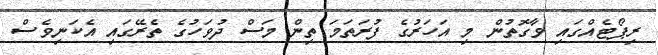
ރިޕޯޓެއްގައި ވާގޮތުން މި އަހަރުގެ ފުރަތަމަ ތިން މަސް ދުވަހުގެ ތެރޭގައި އެކަނިވެސް